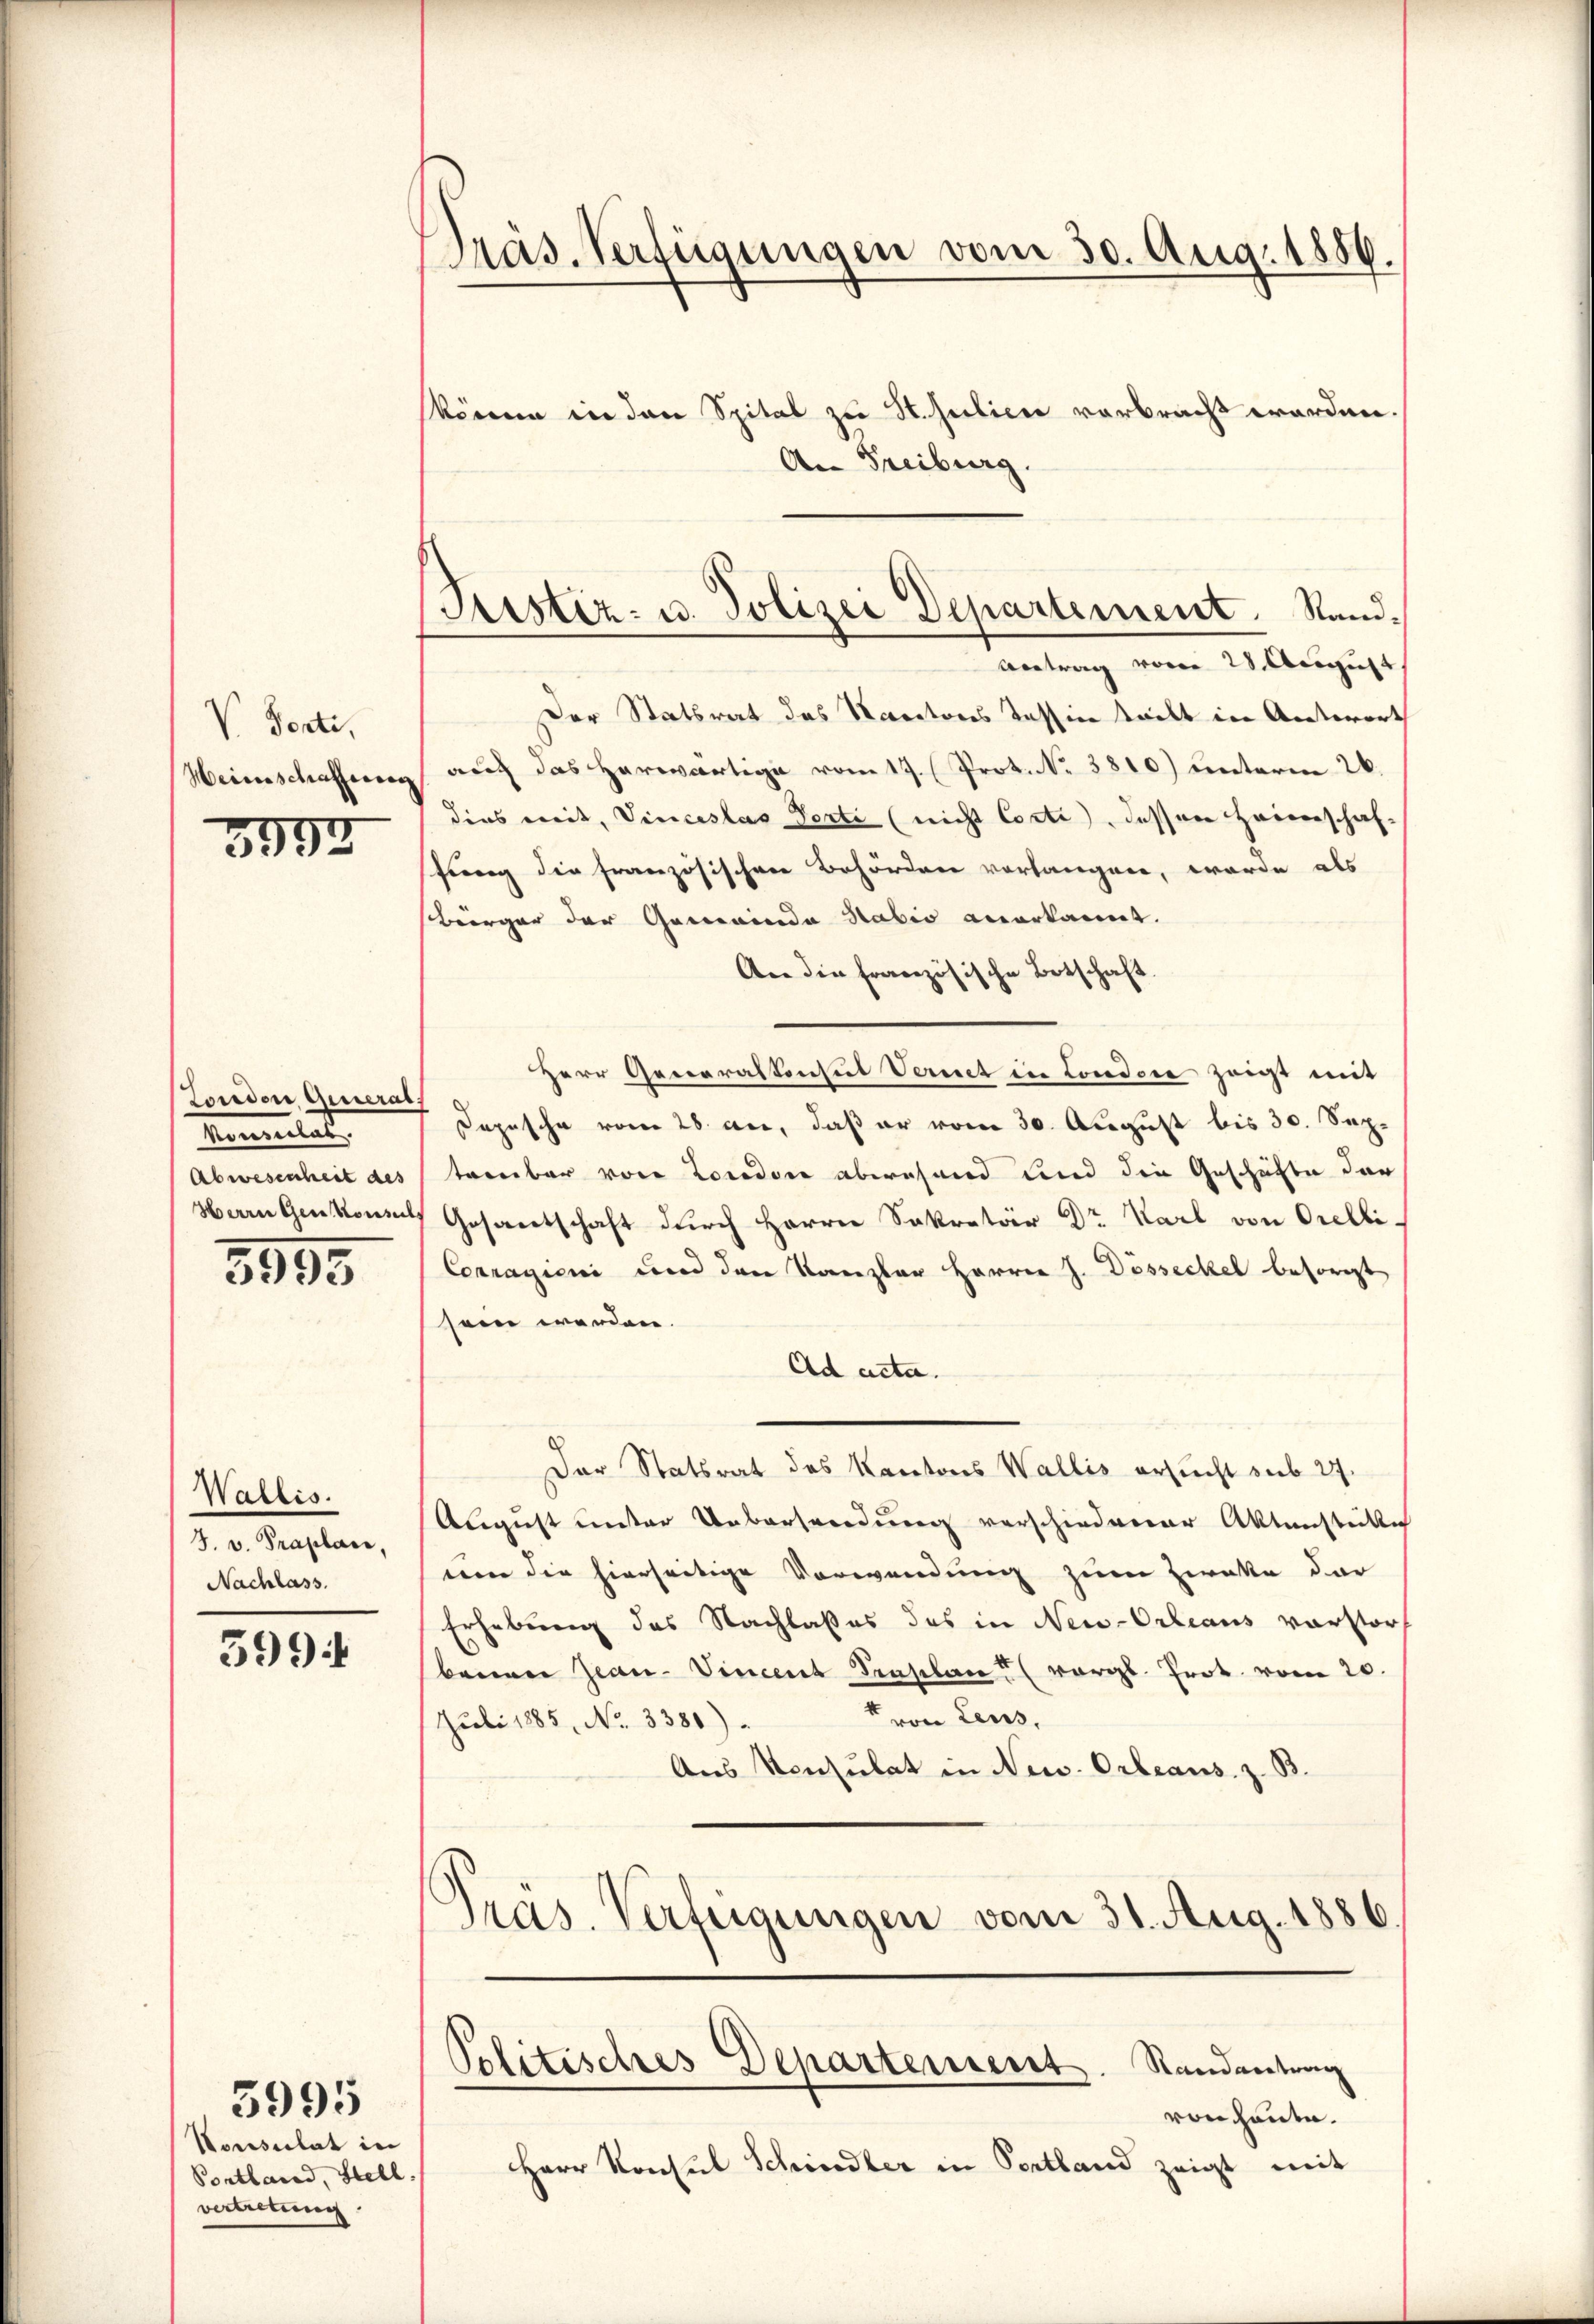
Ponti,
Heinschaffung

3994

Zoridor General
Mennitat.
Abwesenheit des

3995

Wallis.
J. v. Praplace,
Nachlass.

599

Konsulat in
Pontland, Stell
vertretung

5995

Präs. Verfügungen vom 30. Aug. 1886.

Der Statsrat das Norectores Tession teilt in Antwort
auch das herwärtige vom 17. Prot. N. 3810) unterm 26.
dies mit, Vincestas Verti (nicht Corte, dessen Heimschaf-
fung die französischen Behördere vorläugnen, werde als
Bürger der Gemeinde Habio anerkannt.
An die französische Botschaft.
Herr Generaltenhut Vernet in Condone zeigt mit
Depesche vom 28. an, daß er vom 30. August bis 30. Septrenbar von London abwesend und die Geschäfte der
Herrn Genkonsuls Gesantschaft durch Herrn Sekretär Dr. Karl von Orelli¬
Conragioni und den Kanzler Herrn J. Dösseckel besorgt
sein werden.
Ad acta.
Der Statsrat des Kantons Wallis ersucht sub 27.
August unter Uebersendung verschiedener Aktensteile
von die hierseitige Verwendung zum Zweke der
Erhebung des Nachlaßes das in New-Orleaus verstor
benan Jean-Vincent Traplane (vergl. Prot. vom 20.
von Leus,
Juli 1885, No. 3381)
Aus Konsulat in New-Orleans. z. B.
Präs. Verfügungen vom 31. Aug. 1886.

könne in den Spital zu St. Julien verbracht worden.
An Freiburg.

(Trister- u. Polizei Departement. Stand.
Antrag vom 28. August

Politisches Departement. Randantrag

von cante.
Herr Konsul Schindler in Portland zeigt mit